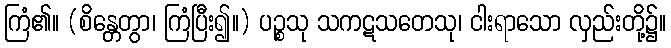
ကြံ၏။ (စိန္တေတွာ၊ ကြံပြီး၍။) ပဉ္စသု သကဋသတေသု၊ ငါးရာသော လှည်းတို့၌။